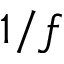
1 / f